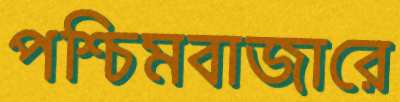
পশ্চিমবাজারে